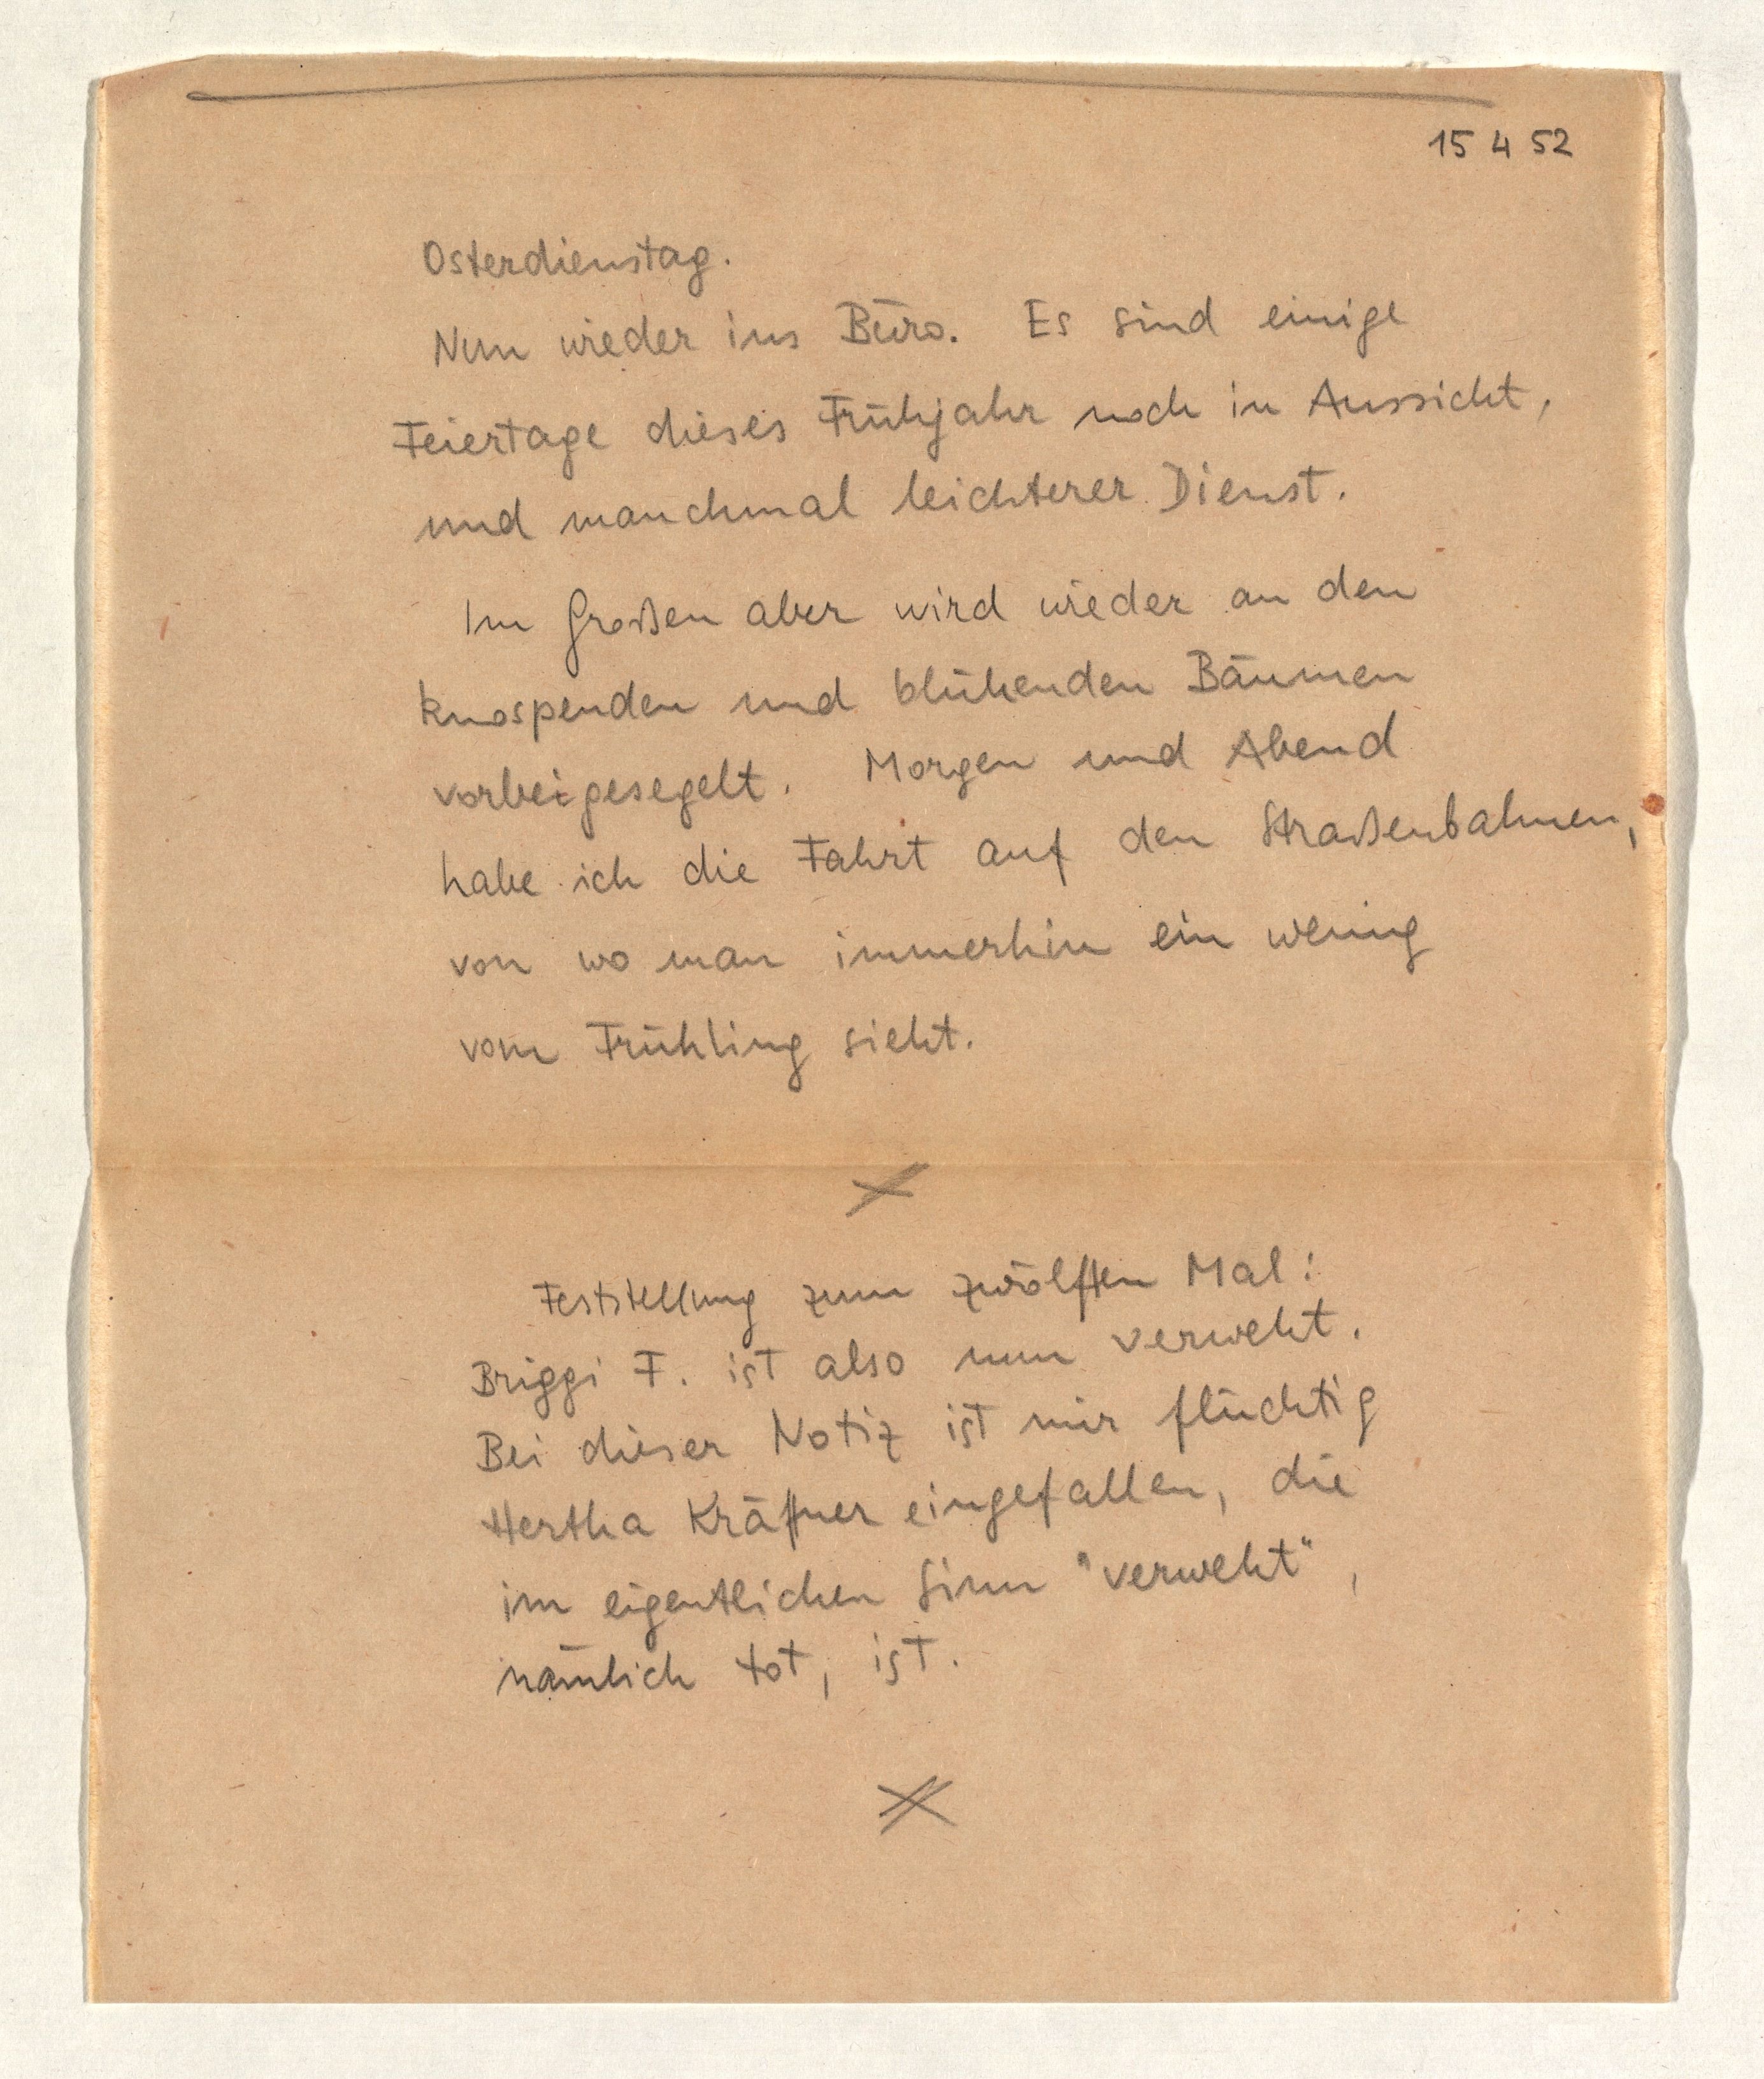
15 4 52
Osterdienstag.
Nun wieder ins Büro. Es sind einige
Feiertage dieses Frühjahr noch in Aussicht,
und manchmal leichterer Dienst.
Im Großen aber wird wieder an den
knospenden und blühenden Bäumen
vorbeigesegelt. Morgen und Abend
habe ich die Fahrt auf den Straßenbahnen,
von wo man immerhin ein wenig
vom Frühling sieht.
Feststellung zum zwölften Mal:
Briggi F. ist also nun verweht.
Bei dieser Notiz ist mir flüchtig
Hertha Kräftner eingefallen, die
im eigentlichen Sinn "verweht",
nämlich tot, ist.